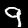
Digit: 9